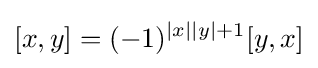
[x,y]=(-1)^{|x||y|+1}[y,x]